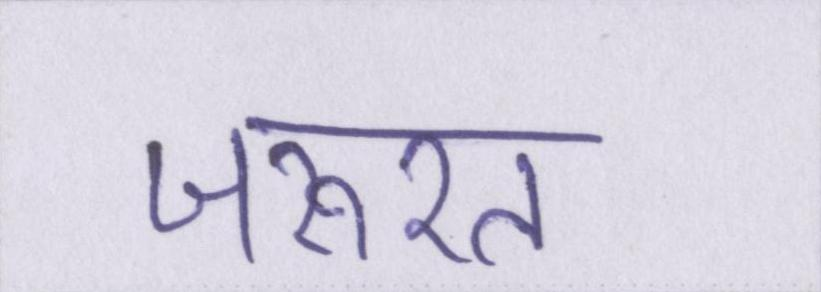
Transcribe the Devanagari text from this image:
जरूरत